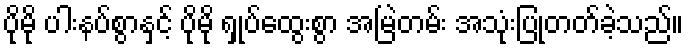
ပိုမို ပါးနပ်စွာနှင့် ပိုမို ရှုပ်ထွေးစွာ အမြဲတမ်း အသုံးပြုတတ်ခဲ့သည်။